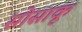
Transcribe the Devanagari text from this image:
सोसाकू